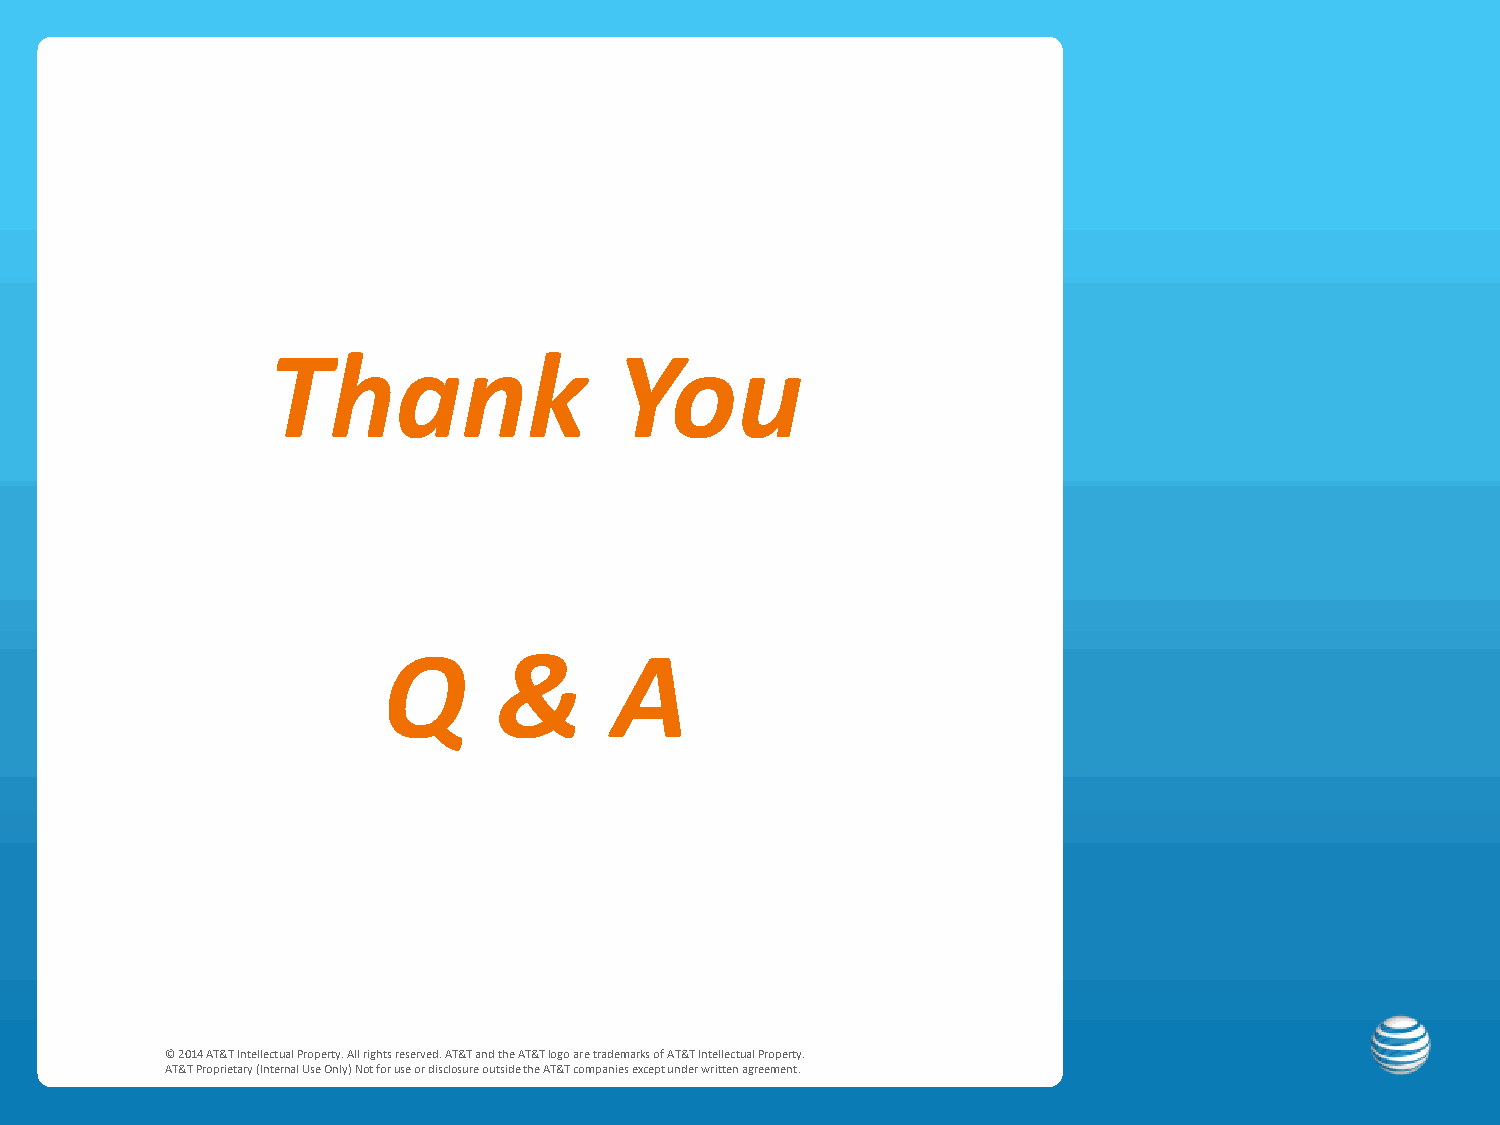
Thank                  You
 Q       &       A
 12    © 2014 AT&T Intellectual Property. All rights reserved. AT&T and the AT&T logo are trademarks of AT&T Intellectual Property.
 AT&T Proprietary (Internal Use Only) Not for use or disclosure outside the AT&T companies except under written agreement.